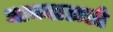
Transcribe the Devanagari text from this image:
मायमाऊली